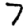
Digit: 7